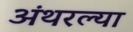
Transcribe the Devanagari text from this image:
अंथरल्या